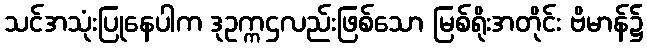
သင်အသုံးပြုနေပါက ဒုဥက္ကဌလည်းဖြစ်သော မြစ်ရိုးအတိုင်း ဗိမာန်၌